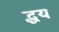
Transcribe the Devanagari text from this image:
द्धय